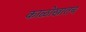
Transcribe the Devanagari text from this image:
काळोखातच